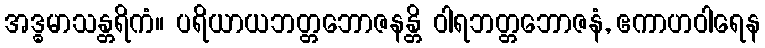
အဒ္ဓမာသန္တရိကံ။ ပရိယာယဘတ္တဘောဇနန္တိ ဝါရဘတ္တဘောဇနံ, ဧကာဟဝါရေန